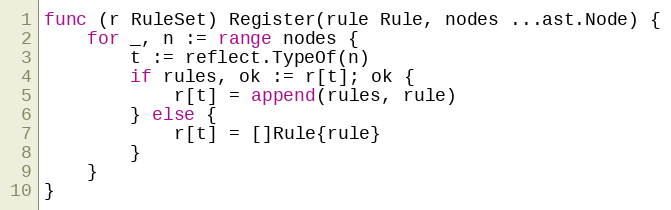
Language: Go
func (r RuleSet) Register(rule Rule, nodes ...ast.Node) {
	for _, n := range nodes {
		t := reflect.TypeOf(n)
		if rules, ok := r[t]; ok {
			r[t] = append(rules, rule)
		} else {
			r[t] = []Rule{rule}
		}
	}
}